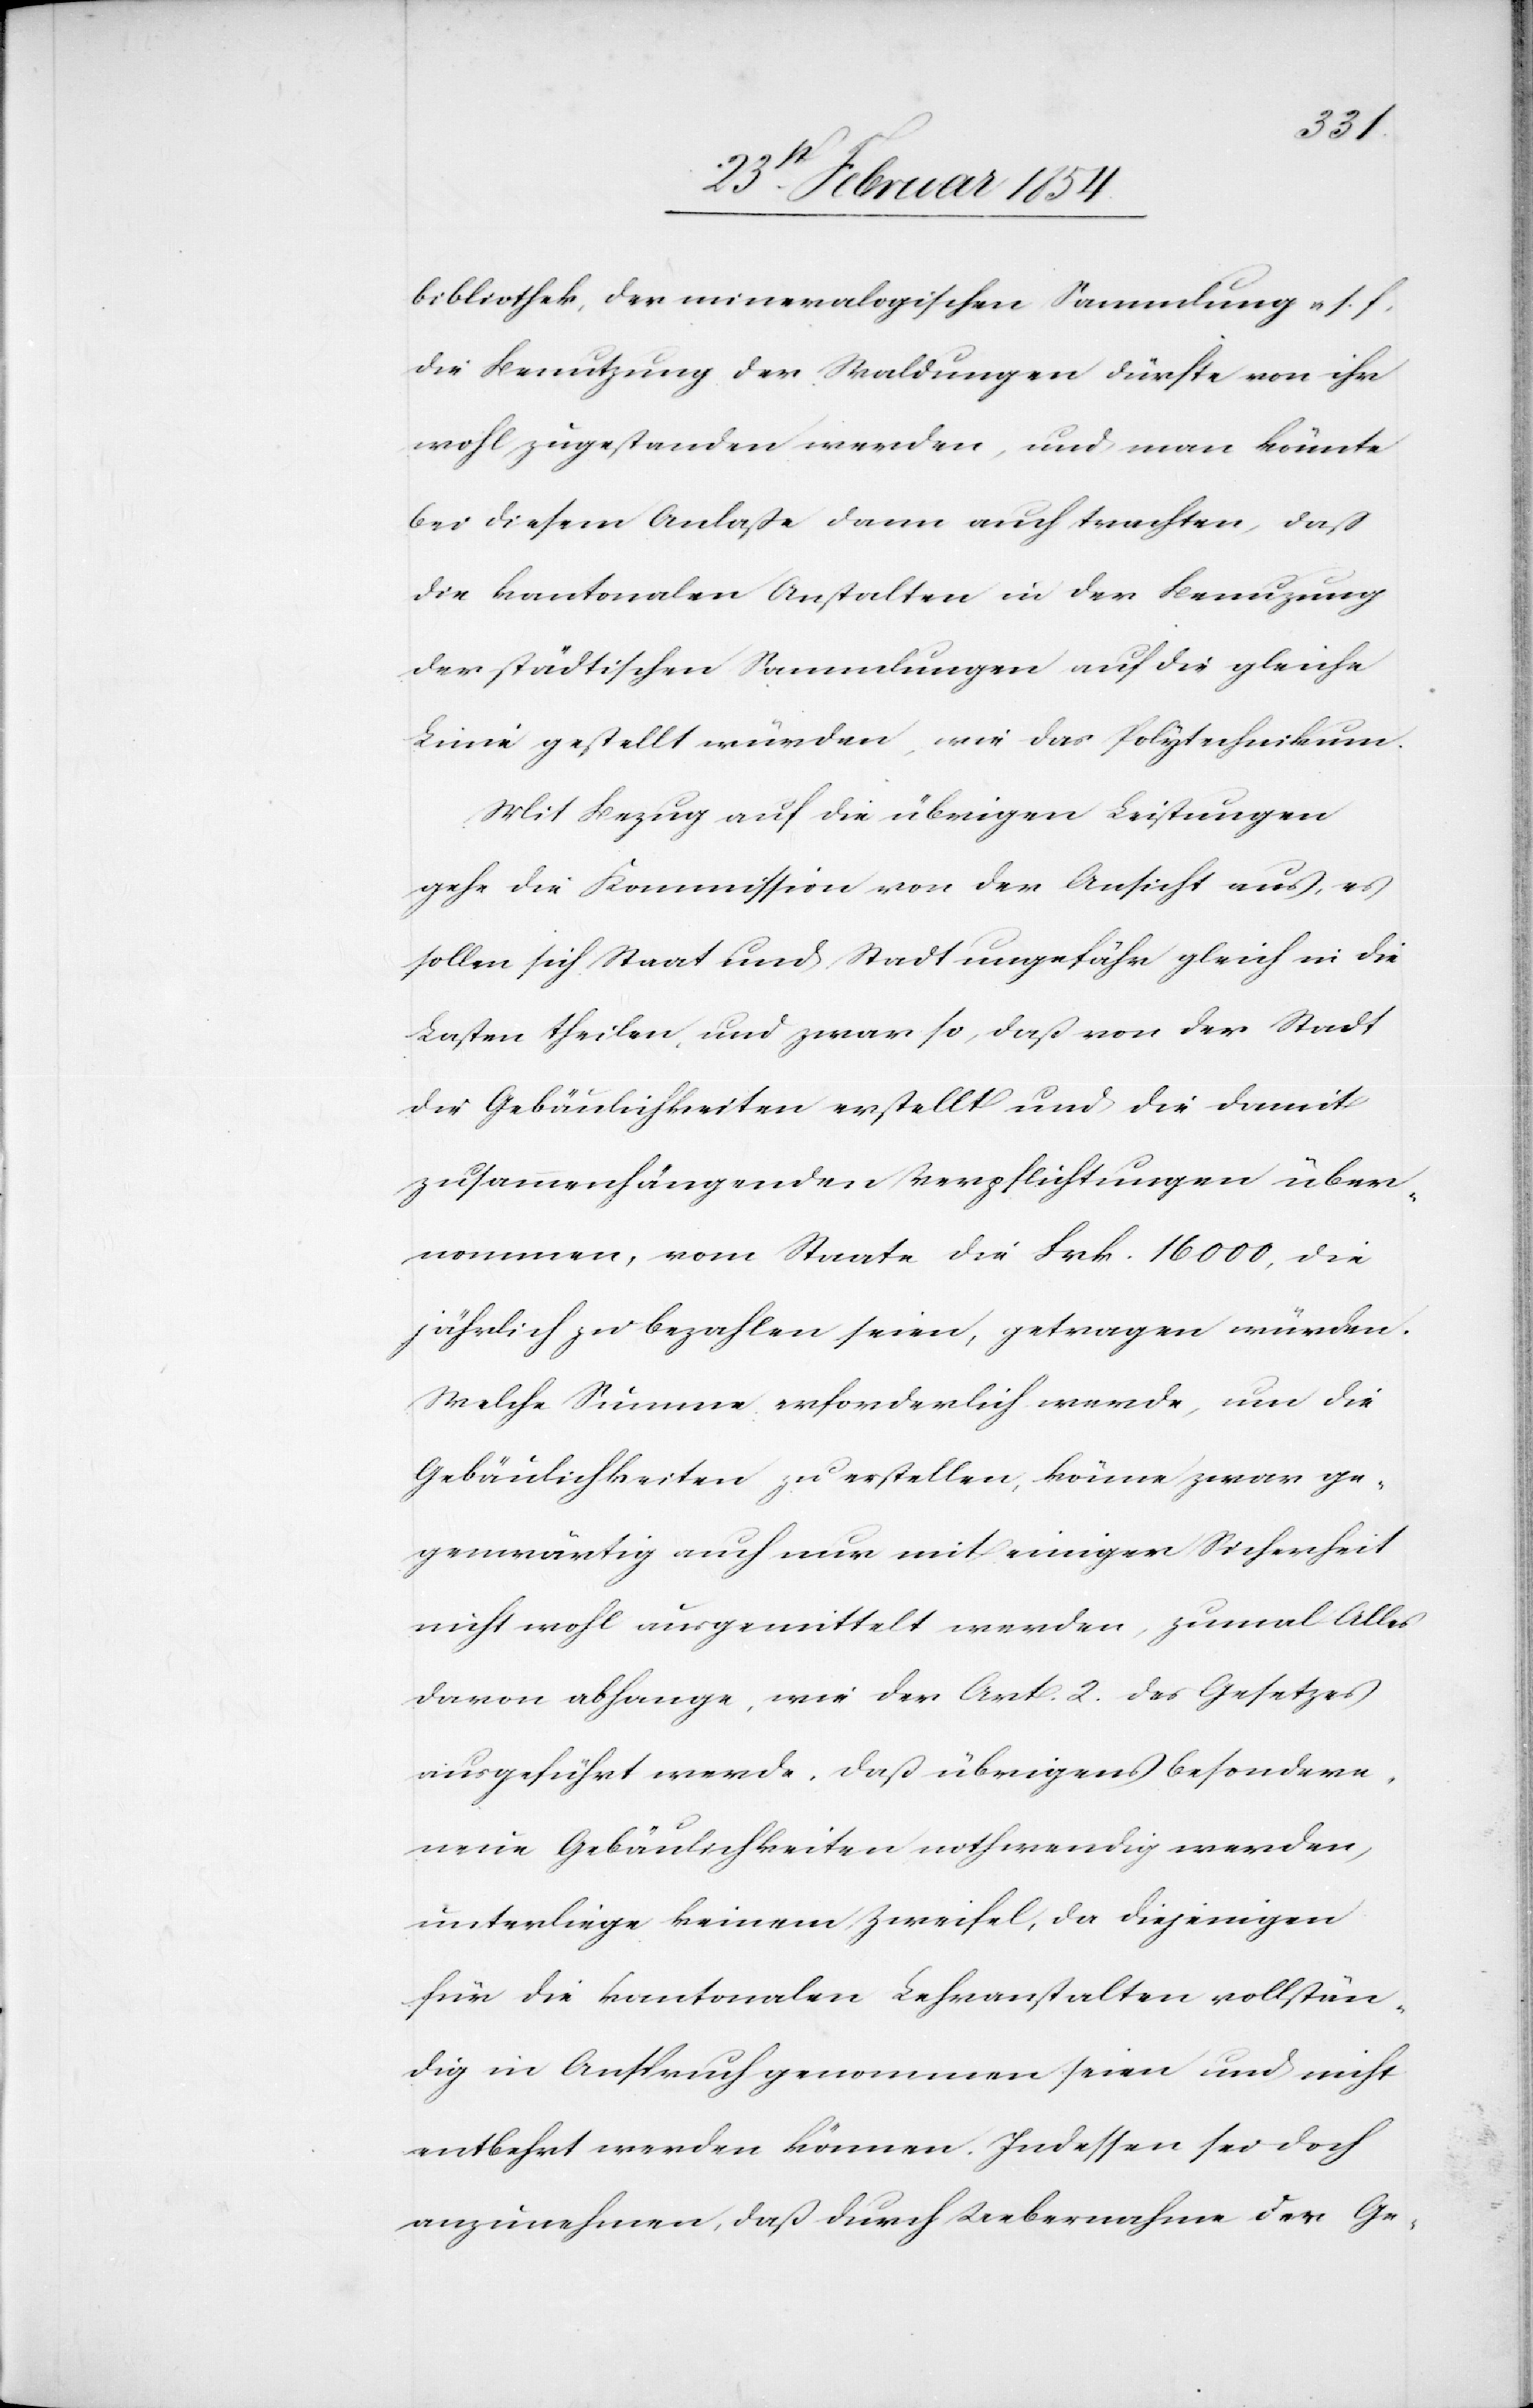
bibliothek, der mineralogischen Sammlung u. s. f.
Die Benutzung der Waldungen dürfte von ihr
wohl zugestanden werden, und man könnte
bei diesem Anlaße dann auch trachten, daß
die kantonalen Anstalten in der Benuzung
der städtischen Sammlungen auf die gleiche
Linie gestellt würden, wie das Polytechnikum.
Mit Bezug auf die übrigen Leistungen
gehe die Kommission von der Ansicht aus, es
sollen sich Staat und Stadt ungefähr gleich in die
Lasten theilen, und zwar so, daß von der Stadt
die Gebäulichkeiten erstellt und die damit
zusammenhängenden Verpflichtungen über¬
nommen, vom Staate die Fr. 16 000, die
jährlich zu bezahlen seien, getragen würden.
Welche Summe erforderlich werde, um die
Gebäulichkeiten zu erstellen, könne zwar ge¬
genwärtig auch nur mit einiger Sicherheit
nicht wohl ausgemittelt werden, zumal alles
davon abhange, wie der Art. 2. des Gesetzes
ausgeführt werde. Daß übrigens besondere
neue Gebäulichkeiten nothwendig werden,
unterliege keinem Zweifel, da diejenigen
für die kantonalen Lehranstalten vollstän¬
dig in Anspruch genommen seien und nicht
entbehrt werden können. Indessen sei jedoch
anzunehmen, daß durch Uebernahme der Ge-